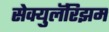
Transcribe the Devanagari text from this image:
सेक्युलॅरिझम